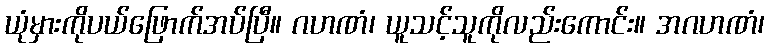
ယုံမှားကိုပယ်ဖြောက်အပ်ပြီ။ ဂဟဏံ၊ ယူသင့်သူကိုလည်းကောင်း။ အဂဟဏံ၊